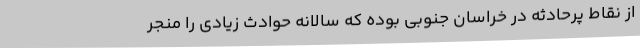
از نقاط پرحادثه در خراسان جنوبی بوده که سالانه حوادث زیادی را منجر